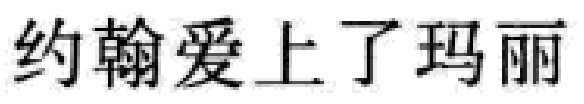
约翰爱上了玛丽